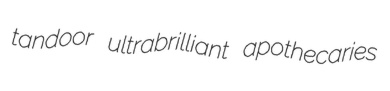
tandoor ultrabrilliant apothecaries